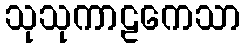
သုသုကာဠကေသာ